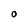
Character: o